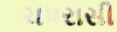
ચપરાસી